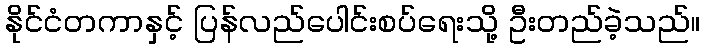
နိုင်ငံတကာနှင့် ပြန်လည်ပေါင်းစပ်ရေးသို့ ဦးတည်ခဲ့သည်။